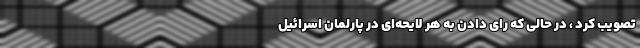
تصویب کرد ، در حالی که رای دادن به هر لایحه‌ای در پارلمان اسرائیل